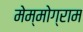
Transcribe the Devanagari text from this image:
मेम्मोग्राम